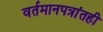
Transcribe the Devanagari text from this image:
वर्तमानपत्रांतही